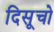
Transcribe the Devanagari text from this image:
दिसूचो